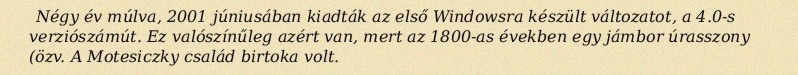
Négy év múlva, 2001 júniusában kiadták az első Windowsra készült változatot, a 4.0-s verziószámút. Ez valószínűleg azért van, mert az 1800-as években egy jámbor úrasszony (özv. A Motesiczky család birtoka volt.